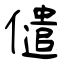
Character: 儙